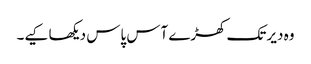
وہ دیر تک کھڑے آس پاس دیکھا کیے۔